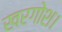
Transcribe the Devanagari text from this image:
खरगोश।